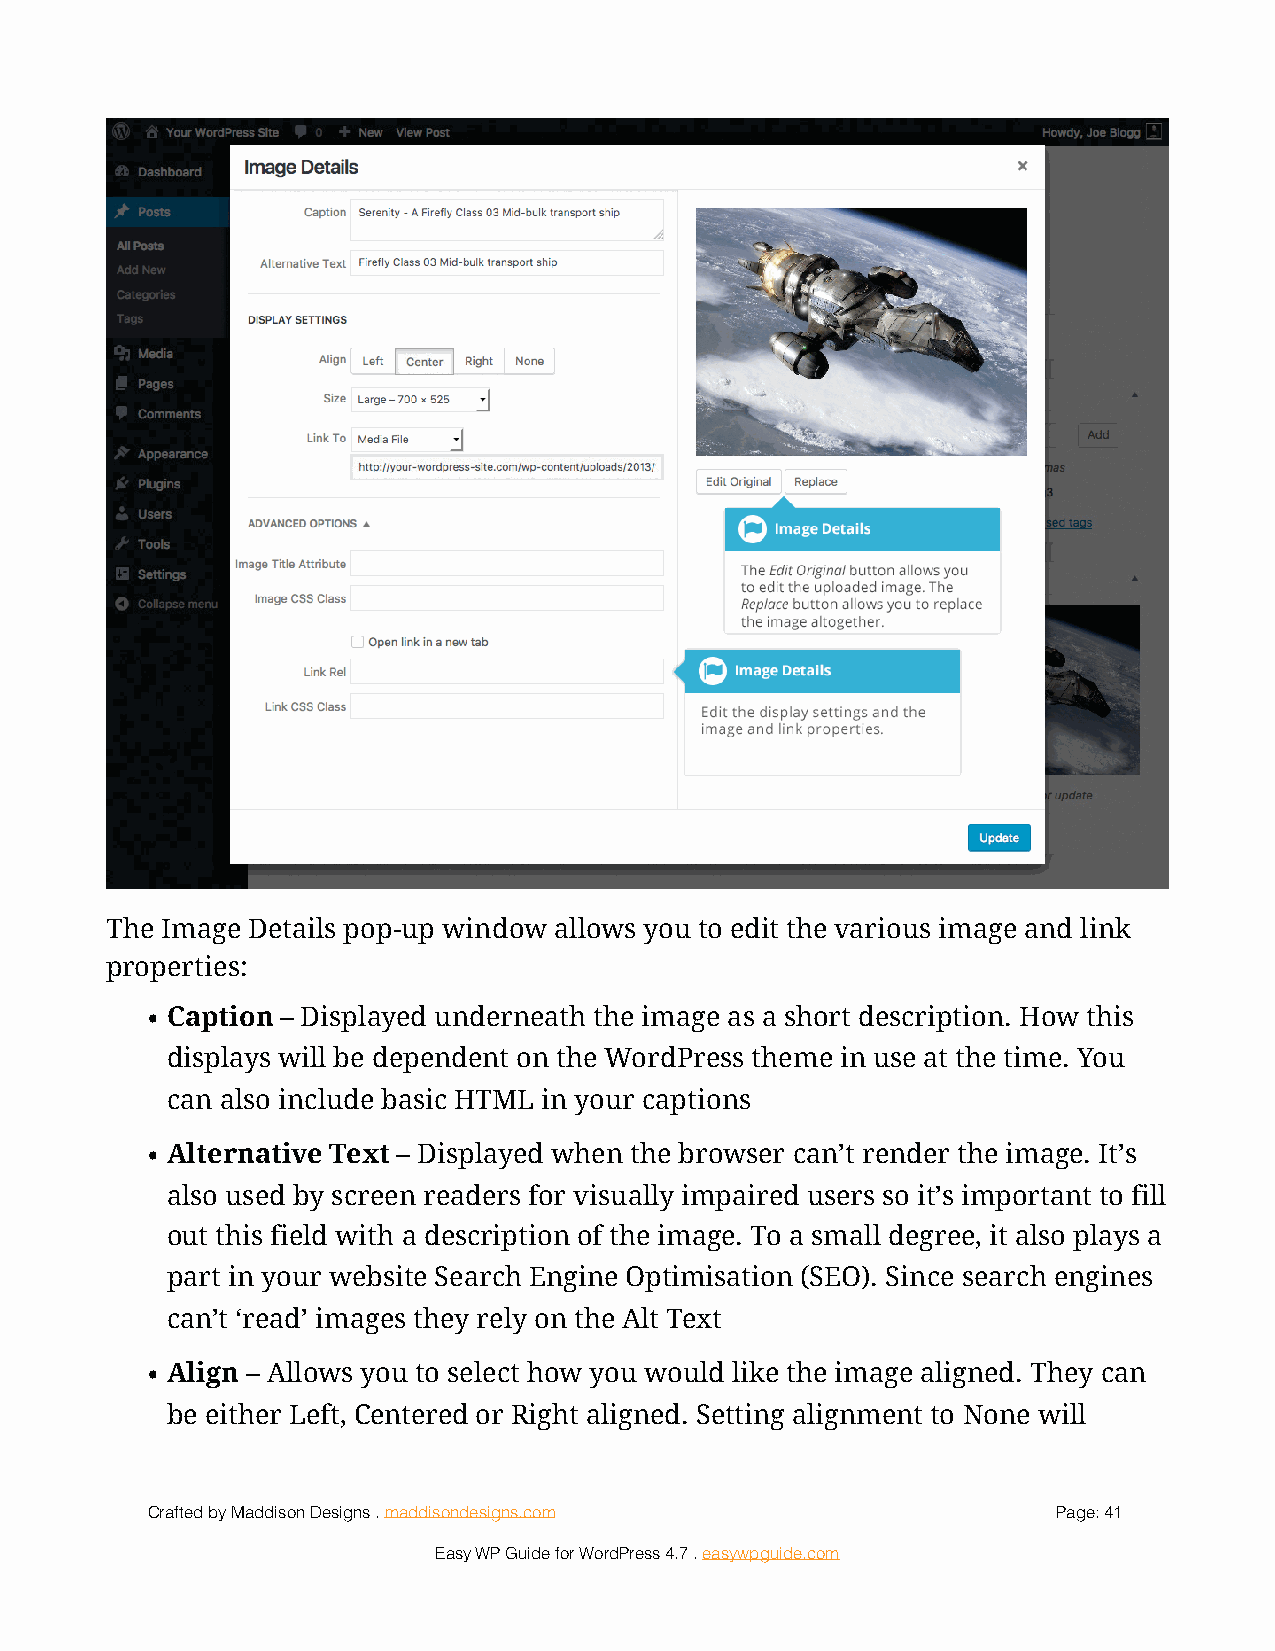
!
 The Image Details pop-up window allows you to edit the various image and link
 properties:
 • Caption – Displayed underneath the image as a short description. How this
 displays will be dependent on the WordPress theme in use at the time. You
 can also include basic HTML in your captions
 • Alternative Text – Displayed when the browser can’t render the image. It’s
 also used by screen readers for visually impaired users so it’s important to fill
 out this field with a description of the image. To a small degree, it also plays a
 part in your website Search Engine Optimisation (SEO). Since search engines
 can’t ‘read’ images they rely on the Alt Text
 • Align – Allows you to select how you would like the image aligned. They can
 be either Left, Centered or Right aligned. Setting alignment to None will
 Crafted by Maddison Designs . maddisondesigns.com           Page: 4 1
 Easy WP Guide for WordPress 4.7 . easywpguide.com